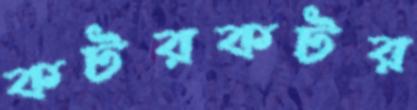
কটরকটর